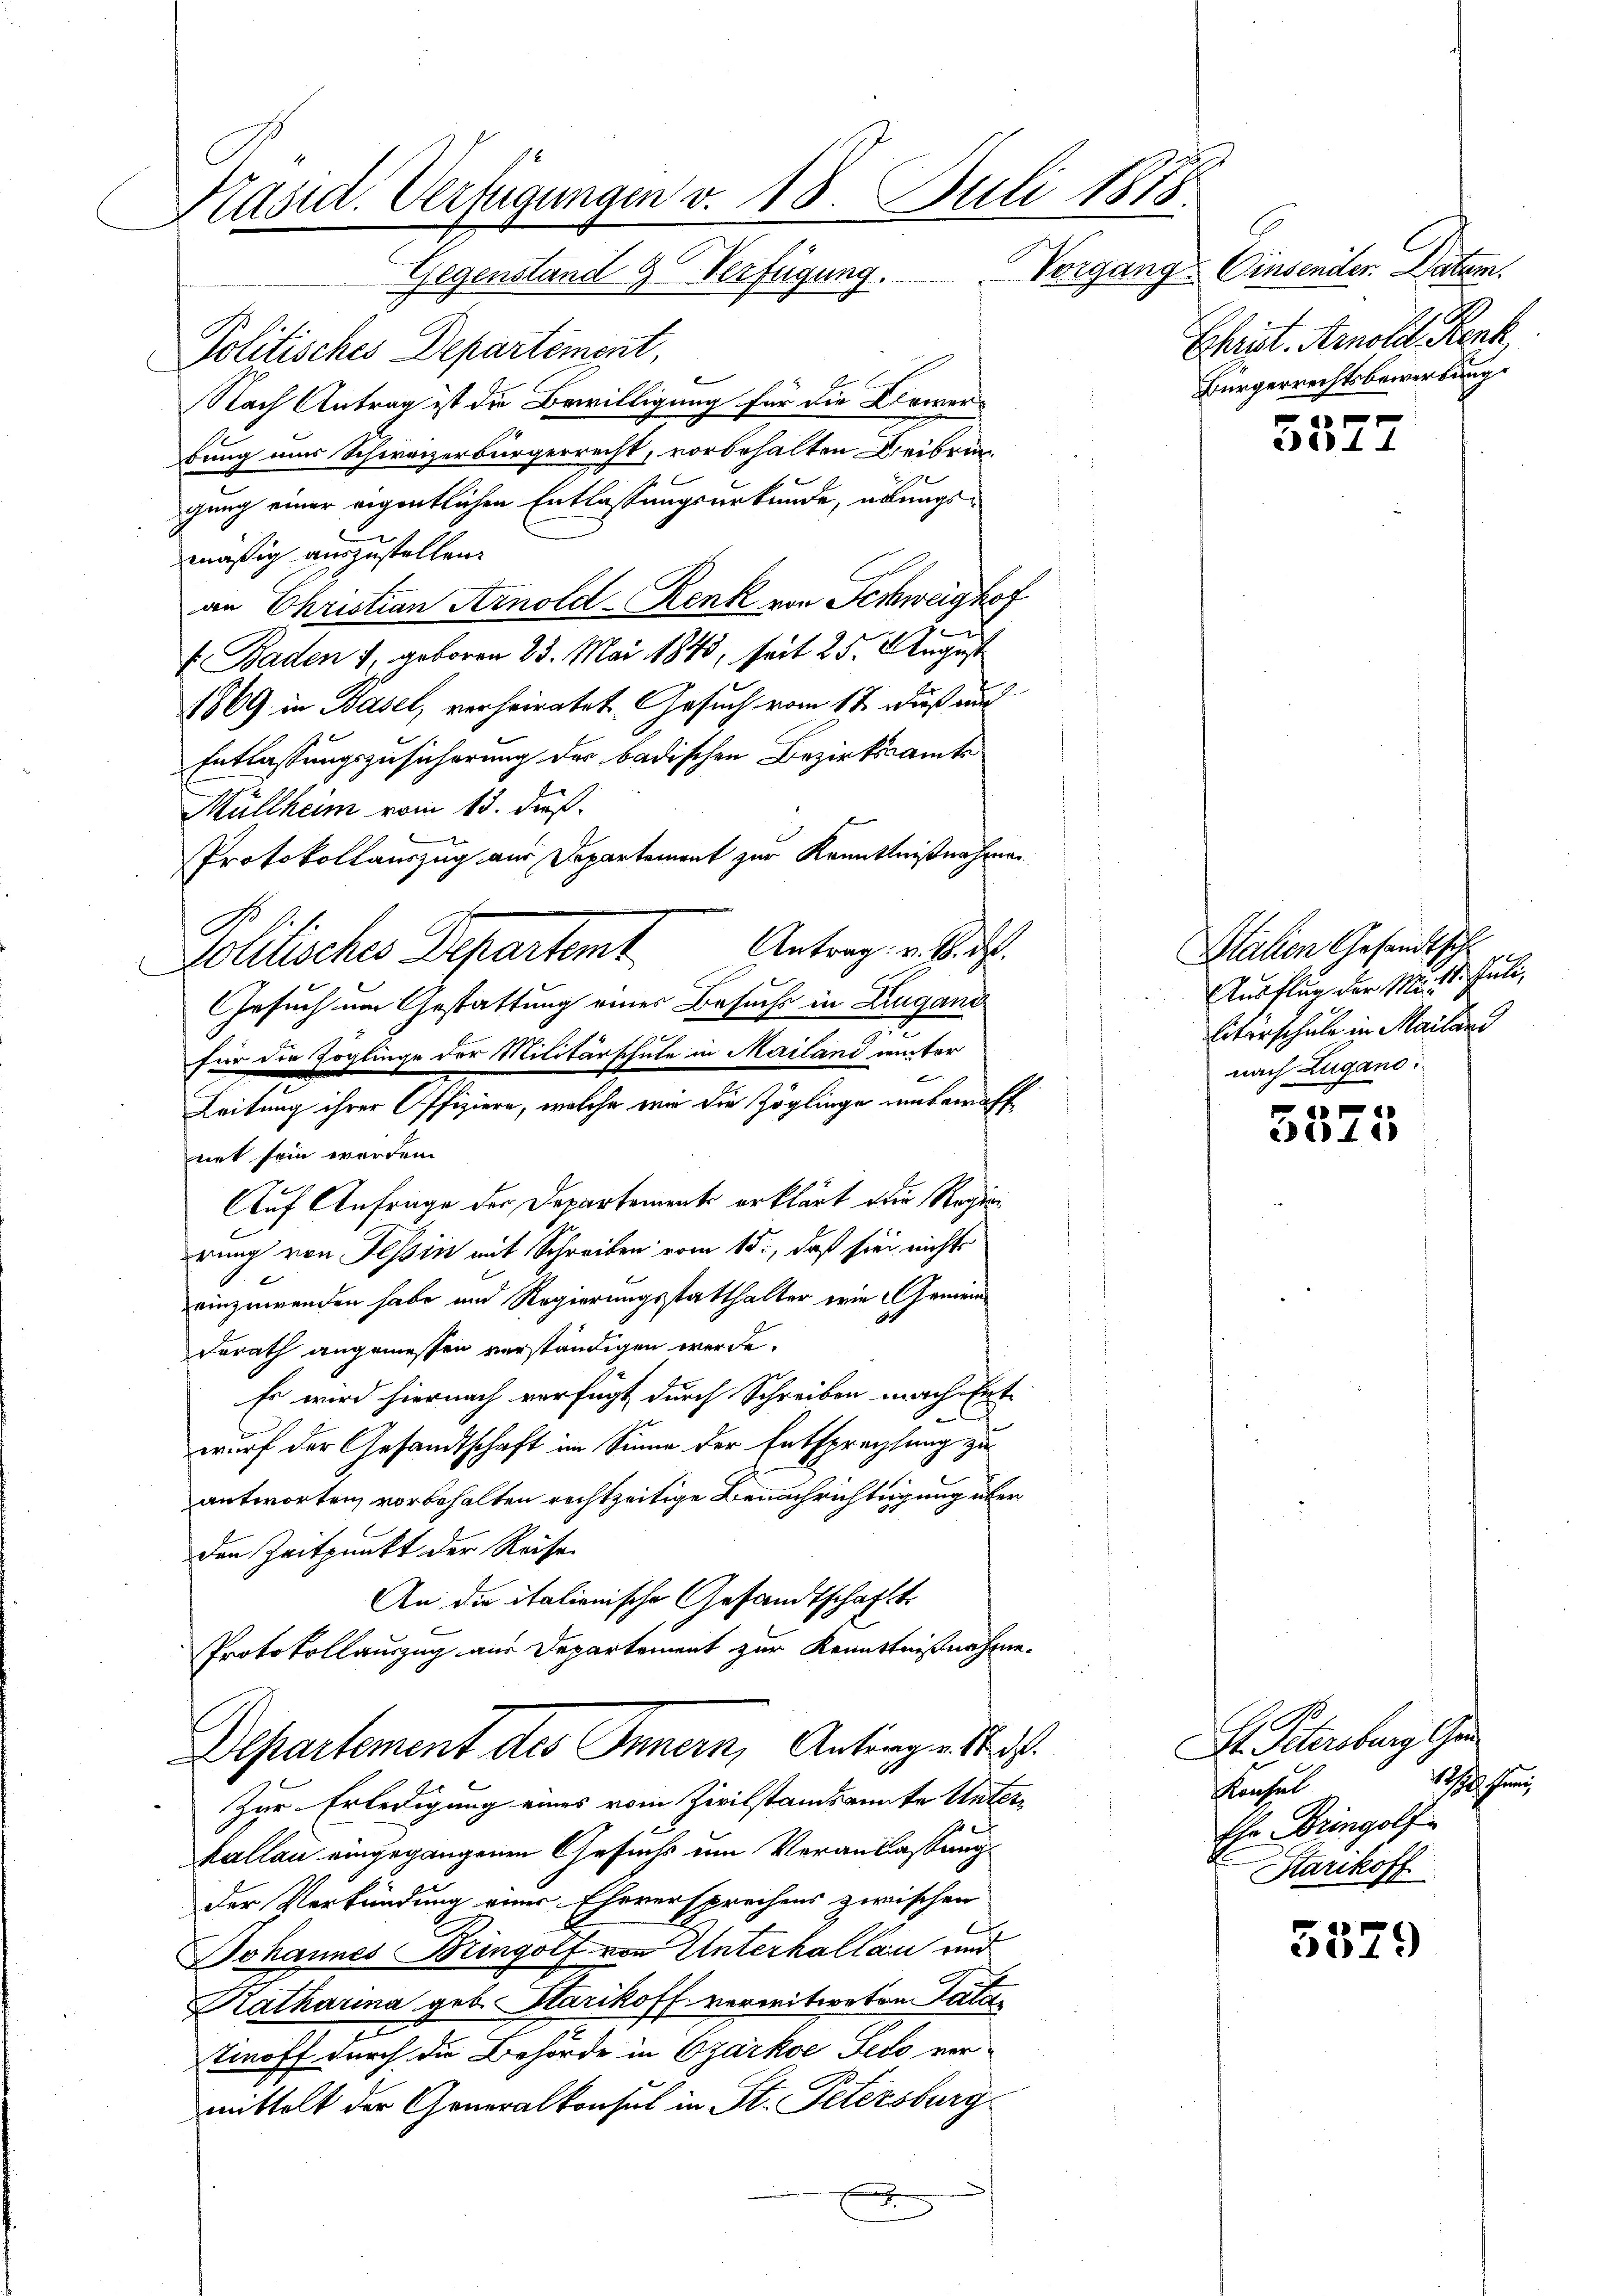
Präsid. Verfügungen v. 18. Juli 1818.
Gegenstand & Verfügung.

Politisches Departement,
Nach Antrag ist die Bewilligung für die Diemerbung uns Schweizerbürgerrecht, vorbehalten Deibringung einer eigentlichen Entlassungsurkunde, übungsmäßig auszustellen.
an Ehristian Arnold-Renk von Schweighof
u
E. Baden 1, geboren 25. Mai 1843, seit 25. August
1869 in Basel, verheiratet. Gesuch vom 17. Fuß auch
Entlassungszusicherung der badischen Bezirksamte
Müllheim vom 15. dieß.
Protokollauszug aus Departement zur Kenntnißnahmen
Antrag v. 18. d.
Politisches Departient
Gesuch im Gestattung einer Besuchs in Zugand
für die Zöglinge der Militärschule in Mailand unter
Leitung ihrer Offiziere, welche wir die Zöglinge unbewaffnet sein werden.
Auf Anfrage der Departements erklärt die Regierung von Tessin mit Schreiben vom 15., daß sie nichts
einzuwenden habe und Regierungsstatthalter eine Gemein¬
Berath angemessen verständigen werde.
Es wird hiernach verfügt durch Schreiben nach Ent-
t
wurf der Gesandtschaft im Sinne der Entsprechtung zu
antworten, vorbehalten rechtzeitige Benachrichtigung über
den Zeitpunkt der Reise
An die italionische Gesandtschaft
Protokollauszug aus Departement zur Kenntnißnahme.
Departement des Innern, Antrage stet.
Zur Erledigung eines vom Zivilstandsante Unterkallau eingegangenen Gesuchs um Veranlassung
Der Verkündung einer Eheversprechens zwischen
Johannes Bringolf von Unterhallau und
Katharina geb. Starikoff verwitweten Paten
2
Tinoff durch die Behörde in Czarkoe Pero vermittelt der Generalkonsul in St. Petersburg
.

Vorgang. Einsender. Datum.
Christ. Arnold Rent
Bürgerrechtsbewerbung.

2e) 4

.

Station Gesandtsch
Ausflug der M. 18. Juli,
litarschule in Mailari
nach Lugano.

P
e141)

5579

Dr. Petersburg an
hehen
Kenzel
Ihr Bringolf
Karikoff